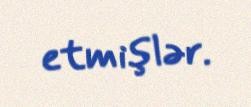
etmişlər.